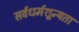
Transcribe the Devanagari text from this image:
सर्वधर्मशून्यता